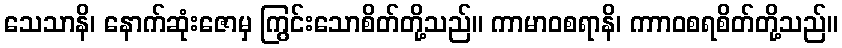
သေသာနိ၊ နောက်ဆုံးဇောမှ ကြွင်းသောစိတ်တို့သည်။ ကာမာဝစရာနိ၊ ကာာဝစရစိတ်တို့သည်။